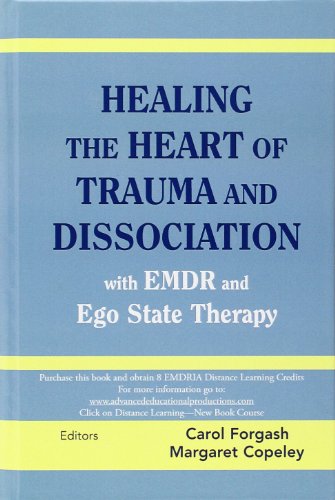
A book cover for Healing the Heart of Trauma and Dissociation with EMDR and Ego State Therapy; Medical Books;